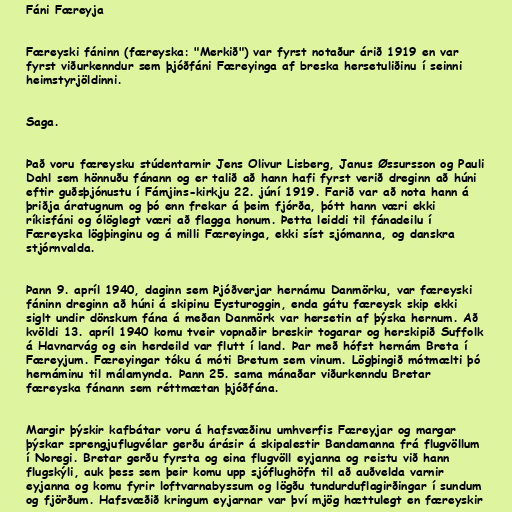
Fáni Færeyja

Færeyski fáninn (færeyska: "Merkið") var fyrst notaður árið 1919 en var
fyrst viðurkenndur sem þjóðfáni Færeyinga af breska hersetuliðinu í seinni
heimstyrjöldinni.

Saga.

Það voru færeysku stúdentarnir Jens Olivur Lisberg, Janus Øssursson og Pauli
Dahl sem hönnuðu fánann og er talið að hann hafi fyrst verið dreginn að húni
eftir guðsþjónustu í Fámjins-kirkju 22. júní 1919. Farið var að nota hann á
þriðja áratugnum og þó enn frekar á þeim fjórða, þótt hann væri ekki
ríkisfáni og ólöglegt væri að flagga honum. Þetta leiddi til fánadeilu í
Færeyska lögþinginu og á milli Færeyinga, ekki síst sjómanna, og danskra
stjórnvalda.

Þann 9. apríl 1940, daginn sem Þjóðverjar hernámu Danmörku, var færeyski
fáninn dreginn að húni á skipinu Eysturoggin, enda gátu færeysk skip ekki
siglt undir dönskum fána á meðan Danmörk var hersetin af þýska hernum. Að
kvöldi 13. apríl 1940 komu tveir vopnaðir breskir togarar og herskipið Suffolk
á Havnarvág og ein herdeild var flutt í land. Þar með hófst hernám Breta í
Færeyjum. Færeyingar tóku á móti Bretum sem vinum. Lögþingið mótmælti þó
hernáminu til málamynda. Þann 25. sama mánaðar viðurkenndu Bretar
færeyska fánann sem réttmætan þjóðfána.

Margir þýskir kafbátar voru á hafsvæðinu umhverfis Færeyjar og margar
þýskar sprengjuflugvélar gerðu árásir á skipalestir Bandamanna frá flugvöllum
í Noregi. Bretar gerðu fyrsta og eina flugvöll eyjanna og reistu við hann
flugskýli, auk þess sem þeir komu upp sjóflughöfn til að auðvelda varnir
eyjanna og komu fyrir loftvarnabyssum og lögðu tundurduflagirðingar í sundum
og fjörðum. Hafsvæðið kringum eyjarnar var því mjög hættulegt en færeyskir